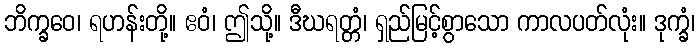
ဘိက္ခဝေ၊ ရဟန်းတို့။ ဧဝံ၊ ဤသို့။ ဒီဃရတ္တံ၊ ရှည်မြင့်စွာသော ကာလပတ်လုံး။ ဒုက္ခံ၊